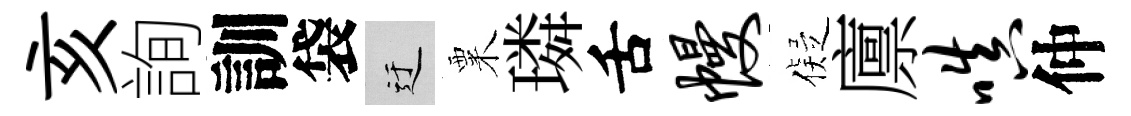
亥詢訓袋迂粟璘舌幔儗廪嗔仲